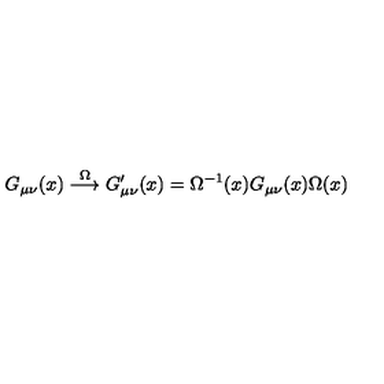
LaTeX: G _ { \mu \nu } ( x ) \stackrel { \Omega } { \longrightarrow } G _ { \mu \nu } ^ { \prime } ( x ) = \Omega ^ { - 1 } ( x ) G _ { \mu \nu } ( x ) \Omega ( x )